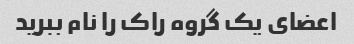
اعضای یک گروه راک را نام ببرید